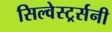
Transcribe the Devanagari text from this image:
सिल्वेस्टर्र्सनी